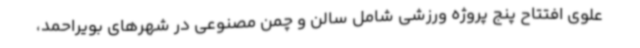
علوی افتتاح پنج پروژه ورزشی شامل سالن و چمن مصنوعی در شهرهای بویراحمد،